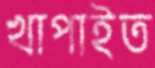
খাপাইত